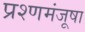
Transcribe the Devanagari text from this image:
प्रश्णमंजूषा